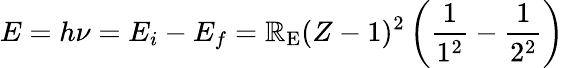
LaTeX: E=h\nu=E_{i}-E_{f}=\mathbb{R}_{\mathrm{{E}}}(Z-1)^{2}\left({\frac{{1}}{{1^{2}}}}-{\frac{{1}}{{2^{2}}}}\right)